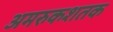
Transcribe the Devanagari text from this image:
अमरुकशतक